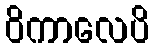
ဝိကာလေပိ